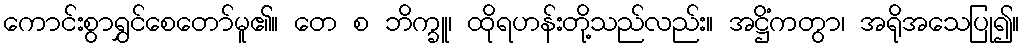
ကောင်းစွာရွှင်စေတော်မူ၏။ တေ စ ဘိက္ခူ၊ ထိုရဟန်းတို့သည်လည်း။ အဋ္ဌိံကတွာ၊ အရိုအသေပြု၍။